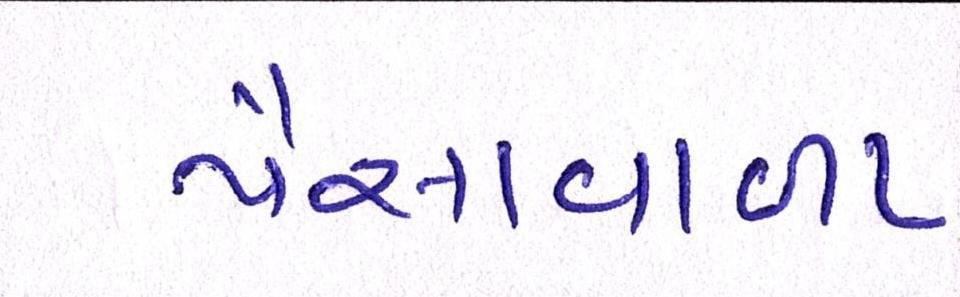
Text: પૈસાવાળા